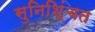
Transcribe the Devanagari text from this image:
सुनिशि्ंचत